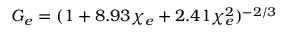
G _ { e } = ( 1 + 8 . 9 3 \chi _ { e } + 2 . 4 1 \chi _ { e } ^ { 2 } ) ^ { - 2 / 3 }